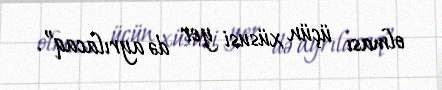
olması üçün xüsusi yer də ayrılacaq”.